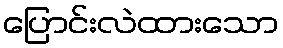
ပြောင်းလဲထားသော